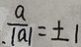
\frac { a } { . \vert a \vert } = \pm 1